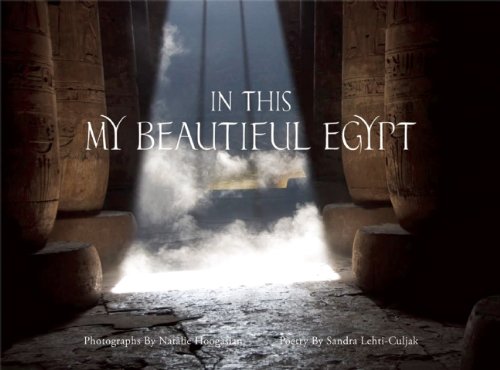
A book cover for In This My Beautiful Egypt; Sandra Lehti-Culjak; Travel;